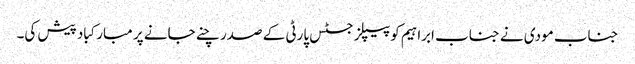
جناب مودی نے جناب ابراہیم کو پیپلز جسٹس پارٹی کے صدر چنے جانے پر مبارکباد پیش کی۔